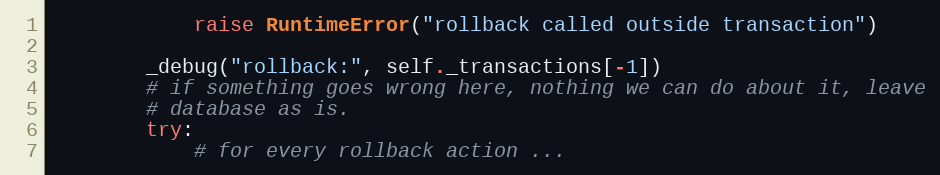
Language: Python
            raise RuntimeError("rollback called outside transaction")

        _debug("rollback:", self._transactions[-1])
        # if something goes wrong here, nothing we can do about it, leave
        # database as is.
        try:
            # for every rollback action ...